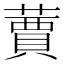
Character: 𦽿